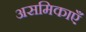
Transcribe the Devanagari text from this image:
असमिकाएँ